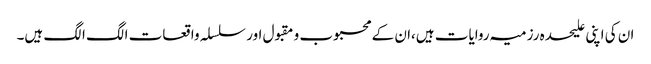
ان کی اپنی علیحدہ رزمیہ روایات ہیں،ان کے محبوب و مقبول اور سلسلہ واقعات الگ الگ ہیں۔